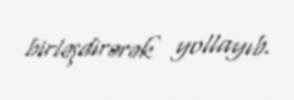
birləşdirərək yollayıb.